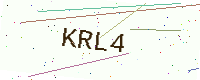
Text: KRL4